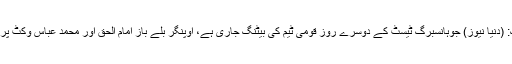
جوہانسبرگ: (دنیا نیوز) جوہانسبرگ ٹیسٹ کے دوسرے روز قومی ٹیم کی بیٹنگ جاری ہے، اوپنگر بلے باز امام الحق اور محمد عباس وکٹ پر موجود ہیں۔